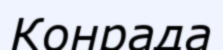
Конрада